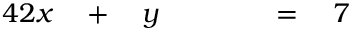
\begin{array} { r l r l r l r l } { { 4 } 2 x } & { { } { } + { } } & { y } & { { } \quad } & { } & { { } { } = { } } & { 7 } & { { } } \end{array}